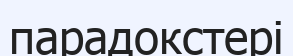
парадокстері